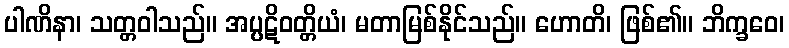
ပါဏိနာ၊ သတ္တဝါသည်။ အပ္ပဋိဝတ္တိယံ၊ မတာမြစ်နိုင်သည်။ ဟောတိ၊ ဖြစ်၏။ ဘိက္ခဝေ၊